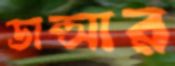
ডান্সার